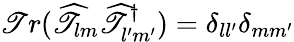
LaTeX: \mathscr{T}r(\widehat{{\mathscr{T}}}_{lm}\widehat{{\mathscr{T}}}_{l^{\prime}m^{\prime}}^{\dagger})=\delta_{ll^{\prime}}\delta_{mm^{\prime}}